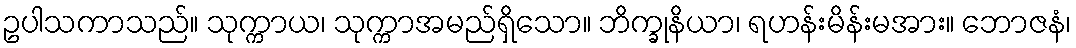
ဥပါသကာသည်။ သုက္ကာယ၊ သုက္ကာအမည်ရှိသော။ ဘိက္ခုနိယာ၊ ရဟန်းမိန်းမအား။ ဘောဇနံ၊